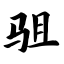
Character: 驵